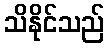
သိနိုင်သည်